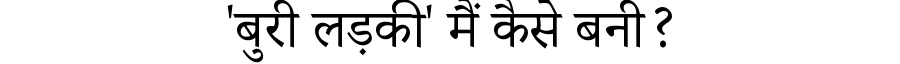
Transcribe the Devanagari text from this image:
'बुरी लड़की' मैं कैसे बनी?